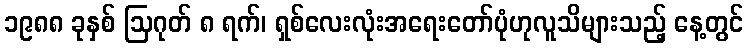
၁၉၈၈ ခုနှစ် ဩဂုတ် ၈ ရက်၊ ရှစ်လေးလုံးအရေးတော်ပုံဟုလူသိများသည့် နေ့တွင်